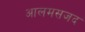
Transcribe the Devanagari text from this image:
आलमसजद